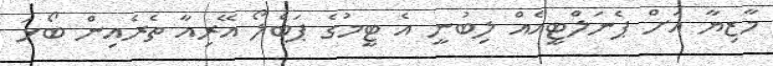
މާޒިޔާ އަށް ޕެނަލްޓީއެއް ލިބުނީ އެ ޓީމުގެ ޕަބްލޯ އޭރިއާ ތެރެއިން ބޯޅަ